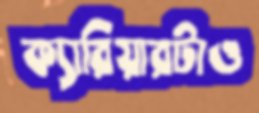
ক্যারিয়ারটাও